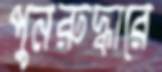
পুনরুদ্ধারে